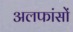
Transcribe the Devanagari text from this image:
अलफांसों